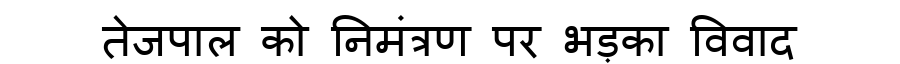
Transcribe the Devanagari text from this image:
तेजपाल को निमंत्रण पर भड़का विवाद